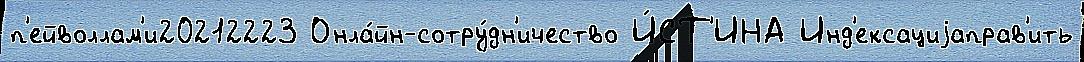
п'ейволлам'и20212223 Онла́йн-сотру́дн'ичество И́СТ'ИНА Инд'ексациjаправ'ить